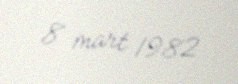
8 mart 1982